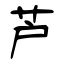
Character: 芦